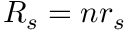
R _ { s } = n r _ { s }